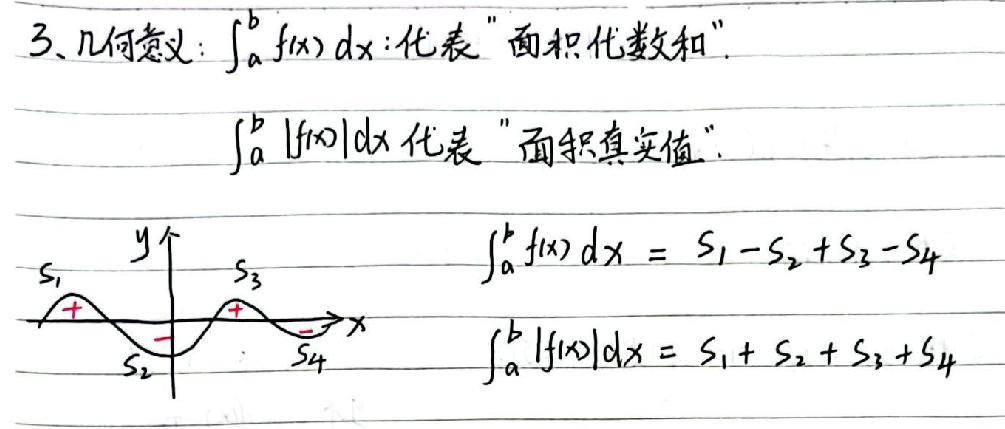
3、几何意义：$\int_{a}^{b} f(x) dx$：代表“面积代数和”.
$\int_{a}^{b} |f(x)|dx$ 代表 “面积真实值”.
$\int_{a}^{b} f(x) dx = S_1 - S_2 + S_3 - S_4$
$\int_{a}^{b} |f(x)|dx = S_1 + S_2 + S_3 + S_4$